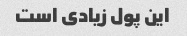
این پول زیادی است